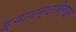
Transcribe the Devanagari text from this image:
ह्यानन्दविग्रहम्